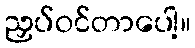
ညှပ်ဝင်တာပေါ့။